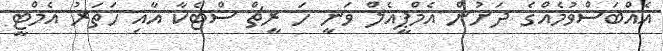
އެއްބަސްވުމެއްގެ ދަށުން އެމްޕީއެލް ވަނީ ހަ ރީޗް ސްޓެކާ އާއި ހަތަރު އެމްޓީ